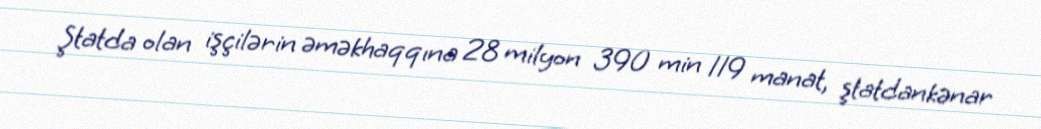
Ştatda olan işçilərin əməkhaqqına 28 milyon 390 min 119 manat, ştatdankənar